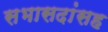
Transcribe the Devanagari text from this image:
सभासदांसह